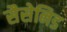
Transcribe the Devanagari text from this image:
सैसेनिड